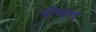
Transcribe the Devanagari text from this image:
दोषांना